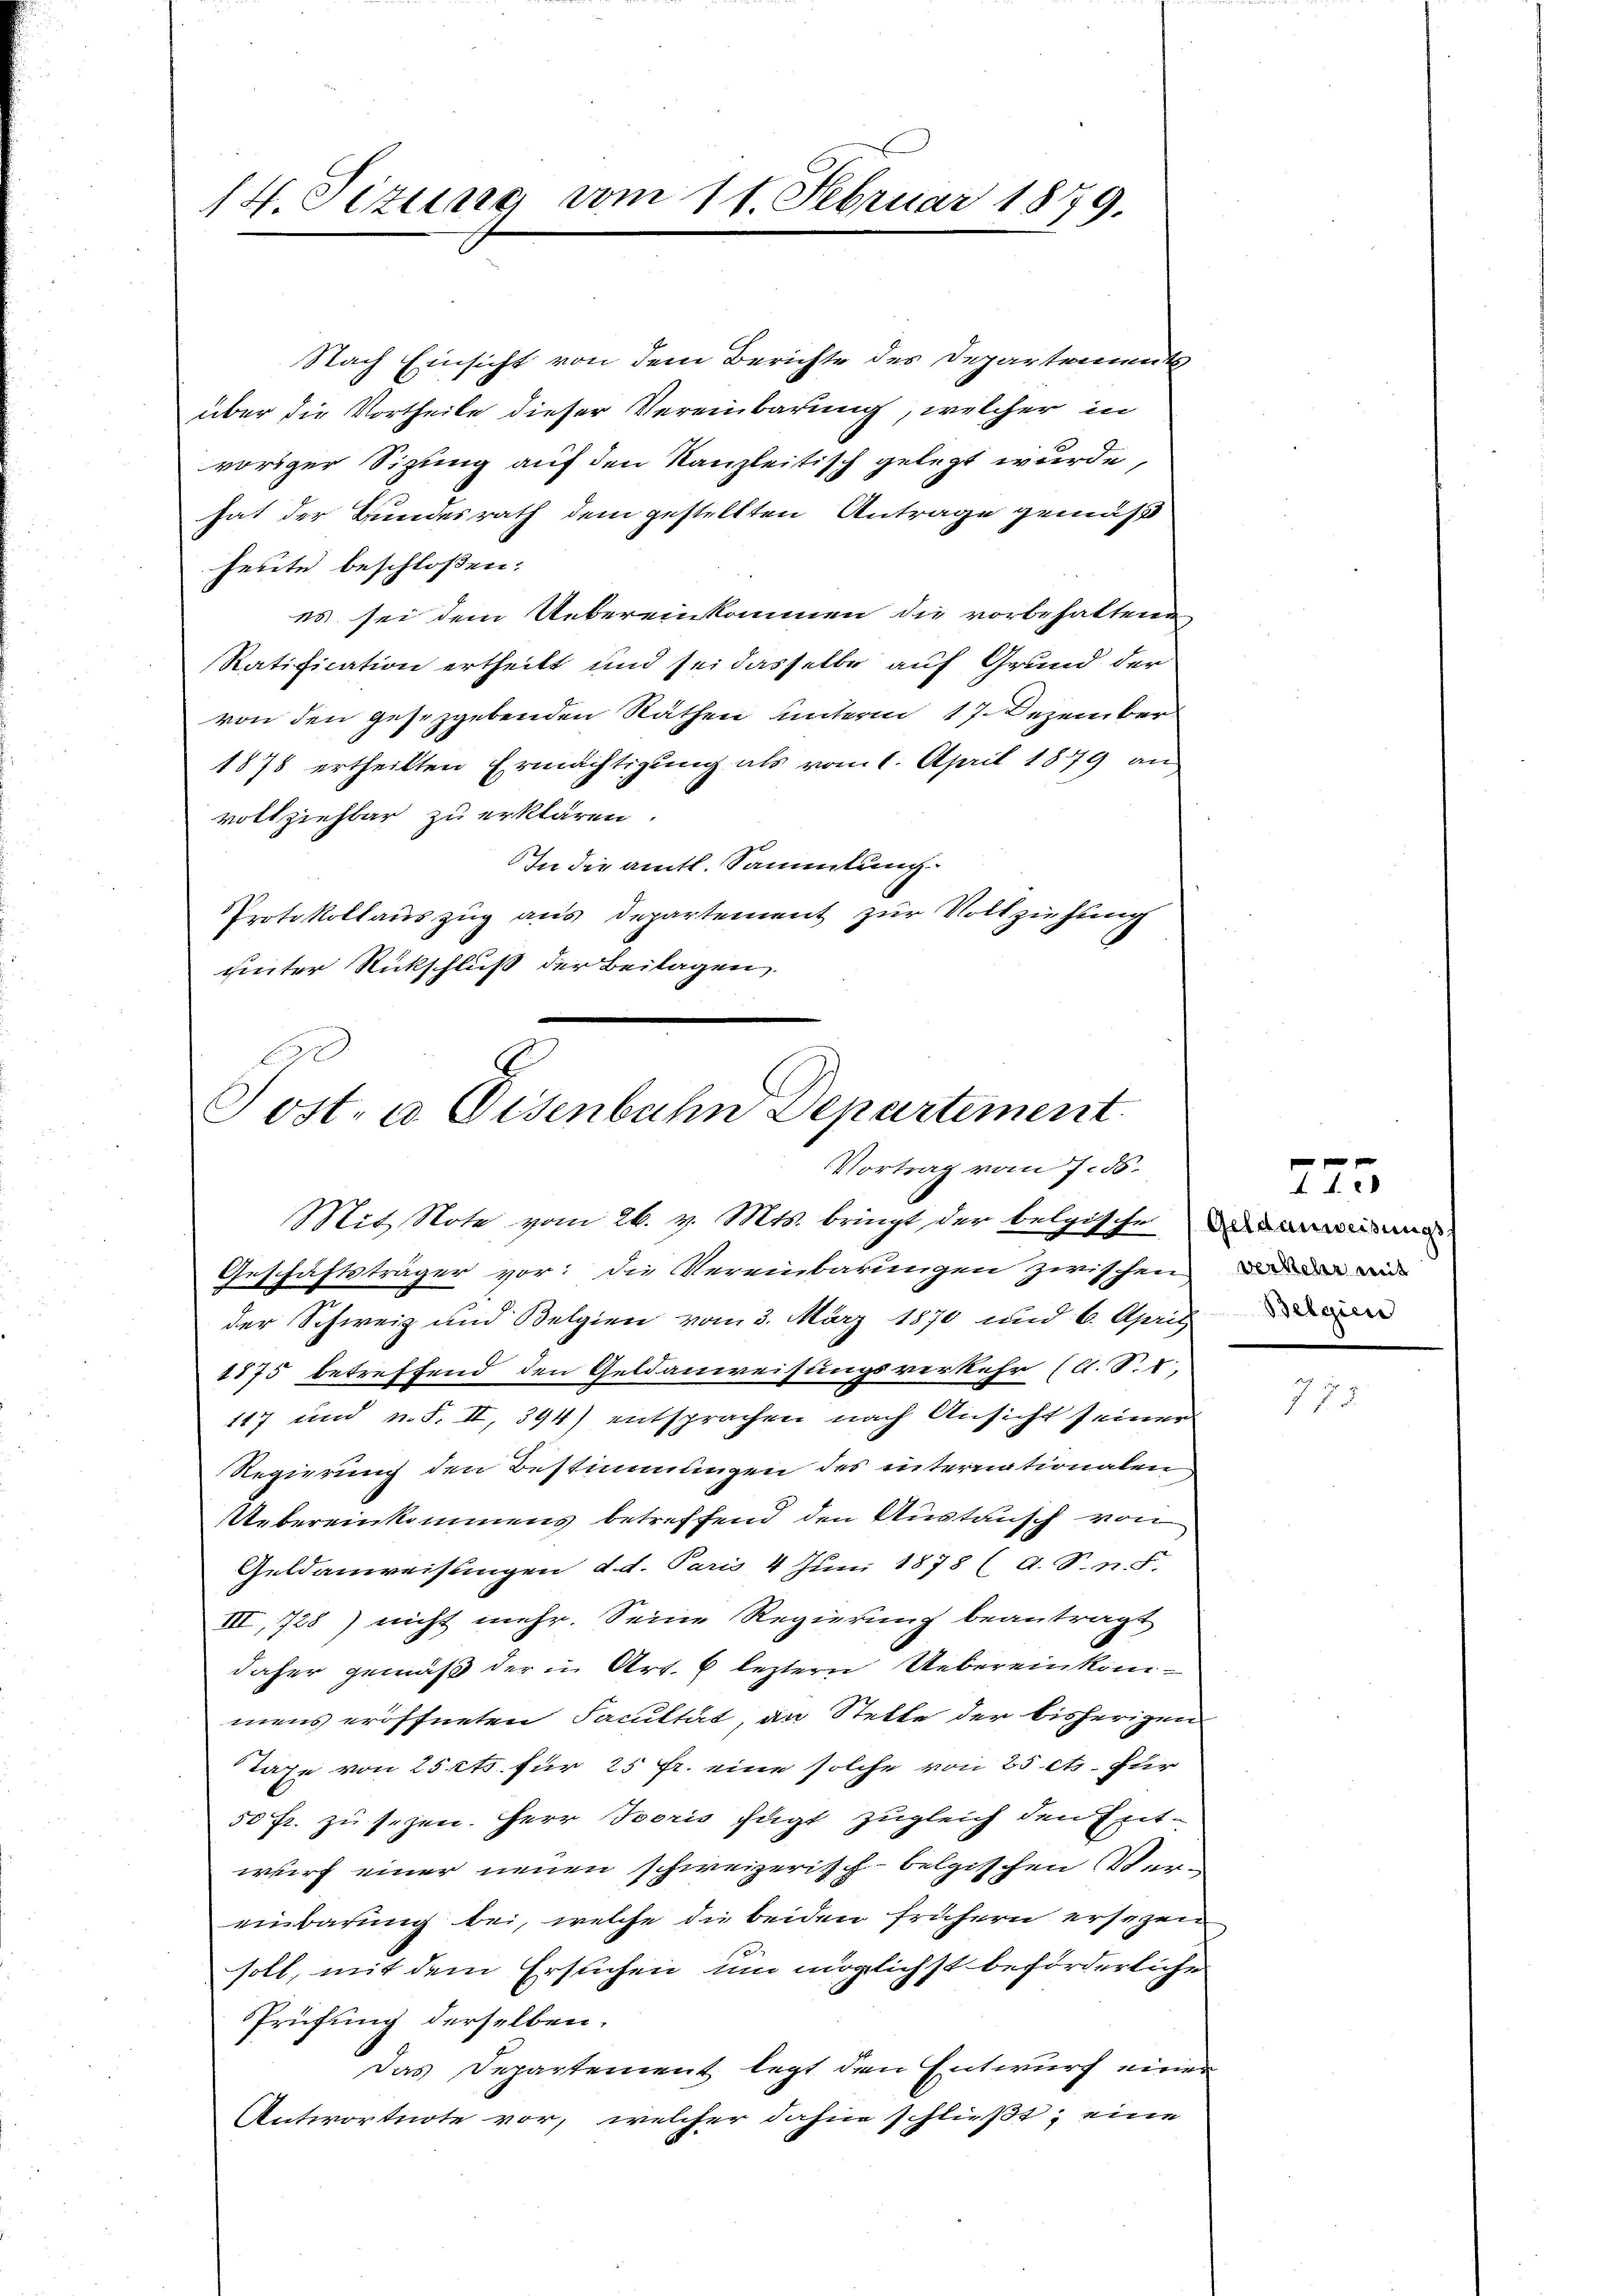
14. Sizung vom 11. Februar 1879.

Nach Einsicht von dem Berichte des Departement
über die Vortheile dieser Vereinbarung, welcher in
voriger Sitzung auf den Kanzleitisch gelegt wurde,
hat der Bundesrath dem gestellten Antrage gemäß
heute beschloßen:
es sei dem Uebereinkommen die vorbehaltene
Ratification ertheilt und sei dasselbe auf Grund der
von den gesetzgebenden Räthen unterm 17. Dezember
1878 ertheilten Ermächtigung als vom 1. April 1879 an
vollziehbar zu erklären
In die amtl. Sammlung
Protokollauszug aus Departement zur Vollziehung
pierter Rückschluß der Beilagen

A
Tost. a. Eisenbahn Departement
Vortrag vom 7. 55.
Mit Note vom 26. v. Mts. bringt, der belgischeina

Geschäftsträger vor: die Vereinbarungen zwischen du den wor
der Schweiz und Belgien vom 3. März 1870 und 6. April
1875 betreffend den Geldanweisungsverkehr (A. S. I,
117 und u. S. II, 394) entsprachen nach Ansicht seiner
Regierung den Bestimmungen des internationalen
Uebereinkommens betreffend den Austausch von
Geldanweisungen d. d. Paris 4 Juni 1878 (A. S. n. F.
III, 728) nicht mehr. Seine Regierung beantragt
daher gemäß der in Art. 6 leztern Uebereinkommens eröffneten Facultät, an Stelle der bisherigen
Taxe von 25 Cts. für 25 fr. eine solche von 25 Cts. für
50 fr. zu seyen. Herr Sporis fügt zugleich den Entwurf einer neuen schweizerisch-belgischen Vereinbarung bei, welche die beiden frühern ersezen
soll, mit dem Ersuchen um möglichst beförderliche
Prüfung derselben.
Das Departement legt den Entwurf einer
Antwortnote vor, welcher dahin schließt, eine

7

0 f 0 x